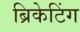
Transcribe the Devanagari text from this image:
ब्रिकेटिंग